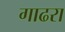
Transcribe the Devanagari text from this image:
गाढरा